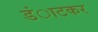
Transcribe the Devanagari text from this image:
डंाटकर